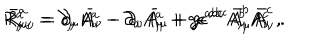
R _ { \mu \nu } ^ { a } = \partial _ { \mu } A _ { \nu } ^ { a } - \partial _ { \nu } A _ { \mu } ^ { a } + g \epsilon ^ { a b c } A _ { \mu } ^ { b } A _ { \nu } ^ { c } \ , \hspace { 0 . 5 c m } \bar { R } _ { \mu \nu } ^ { a } = \partial _ { \mu } \bar { A } _ { \nu } - \partial _ { \nu } \bar { A } _ { \mu } + g \epsilon ^ { a b c } \bar { A } _ { \mu } ^ { b } \bar { A } _ { \nu } ^ { c } \ .